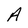
Character: A